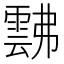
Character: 𩃸